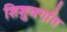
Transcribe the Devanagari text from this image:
शिशुवर्गात